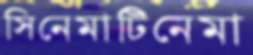
সিনেমাটিনেমা